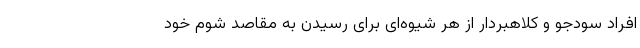
افراد سودجو و کلاهبردار از هر شیوه‌ای برای رسیدن به مقاصد شوم خود